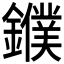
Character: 𨮓